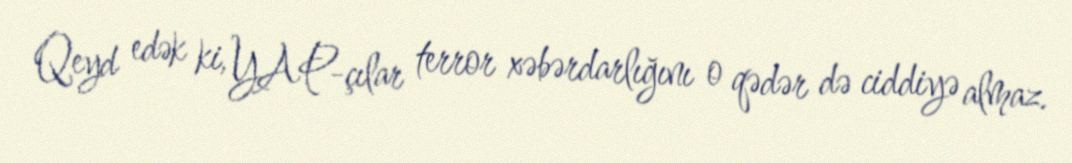
Qeyd edək ki, YAP-çılar terror xəbərdarlığını o qədər də ciddiyə almaz.